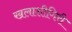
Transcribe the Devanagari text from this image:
खलाशीगिरी